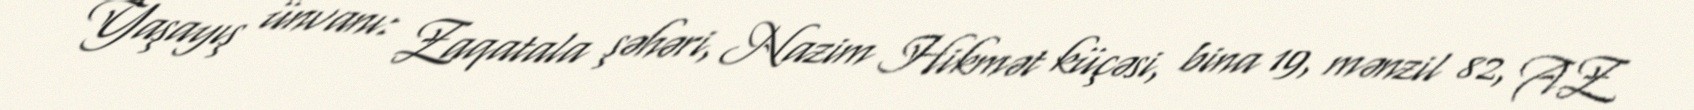
Yaşayış ünvanı: Zaqatala şəhəri, Nazim Hikmət küçəsi, bina 19, mənzil 82, AZ